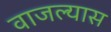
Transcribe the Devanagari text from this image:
वाजल्यास